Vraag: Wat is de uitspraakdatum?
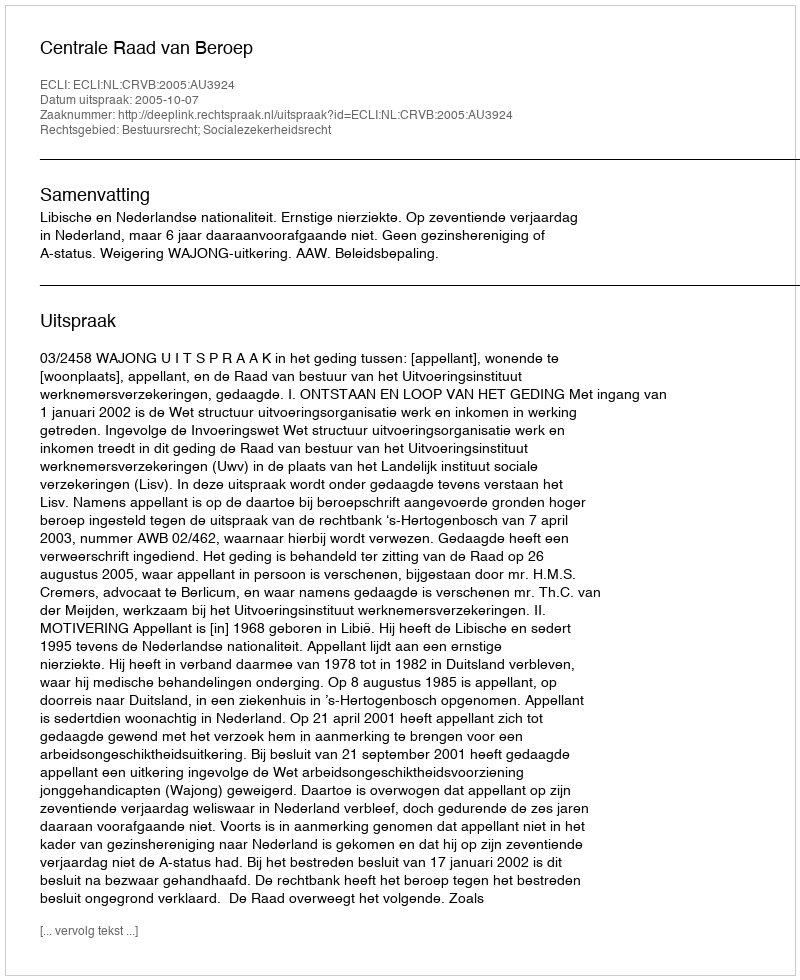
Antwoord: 2005-10-07